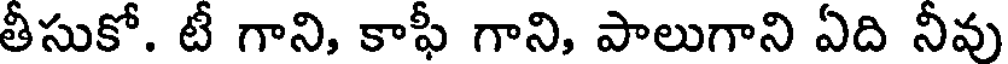
తీసుకో. టీ గాని, కాఫీ గాని, పాలుగాని ఏది నీవు